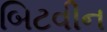
બિટવીન